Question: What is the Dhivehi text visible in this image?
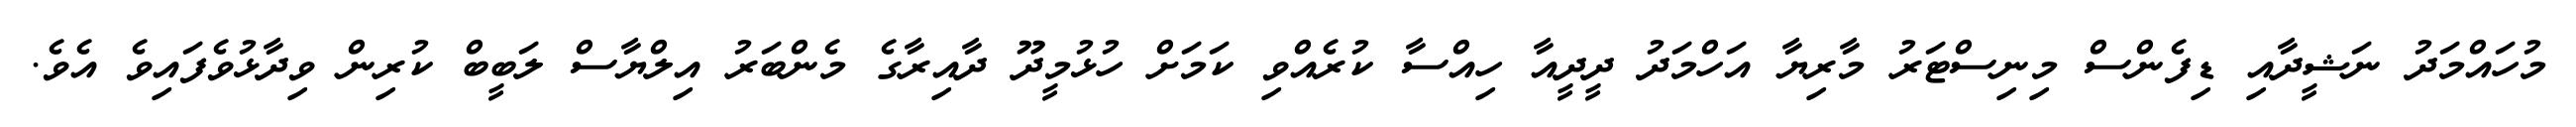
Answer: މުހައްމަދު ނަޝީދާއި ޑިފެންސް މިނިސްޓަރު މާރިޔާ އަހްމަދު ދީދީއާ ހިއްސާ ކުރެއްވި ކަމަށް ހުޅުމީދޫ ދާއިރާގެ މެންބަރު އިލްޔާސް ލަބީބް ކުރިން ވިދާޅުވެފައިވެ އެވެ.